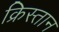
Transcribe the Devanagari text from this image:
क्रिस्तान